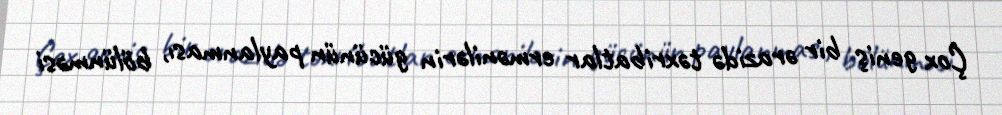
Çox geniş bir ərazidə təxribatlar ermənilərin gücünün paylanması, bölünməsi